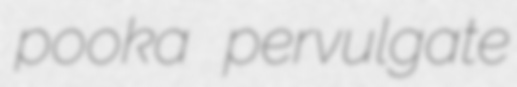
pooka pervulgate